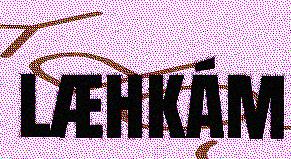
læhkám